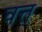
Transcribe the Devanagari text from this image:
वत्त